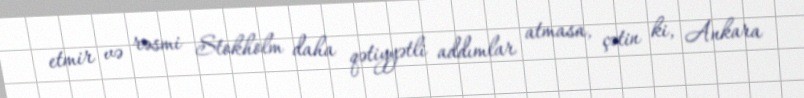
etmir və rəsmi Stokholm daha qətiyyətli addımlar atmasa, çətin ki, Ankara